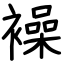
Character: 襙